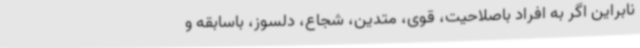
نابراین اگر به افراد باصلاحیت، قوی، متدین، شجاع، دلسوز، باسابقه و